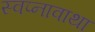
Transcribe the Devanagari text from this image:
स्वप्नावाथा